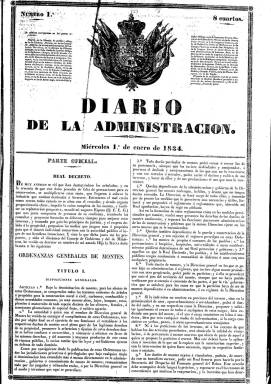
Título: Diario de la administración
Colección: Gacetas
Ámbito geográfico: Madrid
Lugar de publicación: Madrid
Fechas: 01/01/1834-15/08/1834

Publicación oficial, establecida por real decreto de 23 de octubre de 1833 y promovida por Javier de Burgos (1770-1848) el mismo día en el que también son creados los subdelegados de Fomento (antecedente de los gobernadores civiles) y a los dos días de que De Burgos hubiera sido nombrado ministro de Fomento (departamento instituido en noviembre de 1832). El 20 de abril de 1833 también había sido creado un Boletín oficial en cada capital de provincia, y el 30 de noviembre será decretada la división de España en provincias. Todas estas medidas corresponden al periodo caracterizado por el “despotismo ilustrado” al comienzo de la Regencia de la reina María Cristiana, enmarcado en el más amplio periodo de transición entre la monarquía absolutista y la constitucional (1832-1836).

Será por tanto la publicación oficial del ministerio regido por De Burgos, que comenzará a publicarse en entregas diarias de cuatro páginas (algunas veces, seis), impresas a dos columnas, a partir del uno de enero de 1834, y en cuya cabecera será estampado el escudo de la Corona española. Según su norma de creación, insertará la legislación emanada por el citado ministerio, las “noticias circunstanciadas de las mejoras” efectuadas por los responsables territoriales de Fomento, los proyectos útiles promovidos por autoridades o particulares, el examen de libros y memorias publicadas sobre teoría y ciencia de la Administración y su modo de aplicarla, y el anuncio o examen de disposiciones sobre esta materia adoptadas en otros países. Por el mismo se pedía el pago de su suscripción a todos los ayuntamientos que superaran los trescientos vecinos, que fue ampliado para los de más de doscientos por una real orden de cinco de diciembre de 1833.

Al principio se estructura en dos claras secciones: la oficial y la no oficial. En la primera inserta una selección de textos legales, mientras que en la segunda da cabida a artículos doctrinales. Pero a partir de ahí, también insertará otros remitidos, dará información administrativa de los subdelegados de Fomento y publicará crónicas de Cortes. Las noticias bibliográficas las incluirá en la sección de Anuncios, además de tener otra bajo el epígrafe Variedades. Asimismo, otras normativas indicarán que servirá para instruir a los subdelegados de Fomento para generalizar el conocimiento de las máquinas y métodos que se hayan inventado e inventen en toda Europa, para publicar resúmenes periódicos de los “bienes” hechos en cada mes por los citados subdelegados, o dar “ancho campo” a las observaciones de los escritores de las provincias.

Según la tesis doctoral de José Ignacio Sarmiento Larrauri (1993), este diario servía para poder paliar la falta de conocimientos en materia administrativa de los nuevos subdelegados de Fomento, labor pedagógica que fue constante en el pensamiento de Javier de Burgos como medida de regeneración nacional. Como complementario de los boletines oficiales de provincias, será vehículo de comunicación interna y portavoz para la difusión de las actuaciones de la nueva Administración civil del Estado en ciernes, y a partir de abril de 1834 se sumará con particular fervor a explicar el espíritu del Estatuto Real.

Señala Hartzenbusch (1894) que el abogado y posterior político moderado Joaquín Francisco Pacheco y Gutiérrez Calderón (1808-1865) fue nombrado redactor de Diario de la Administración, reemplazando a Salustiano de Olózaga (1805-1873). Recién llegado a Madrid, el granadino Pacheco había cofundado El Siglo (1834), que abandonaría en su cuarto número para incorporarse como redactor a este diario ya en el mismo mes de enero de 1834. Mientras que María Celia Forneas (2000) indica que Javier de Burgos, el 17 de noviembre de 1833, había nombrado al autor romántico, militar y periodista Serafín Estébanez Calderón (1799-1867) -que sería conocido también como El Solitario en su condición de periodista taurino- como director y principal redactor de Diario de la Administración. El impresor fue Tomás Jordán, editor madrileño adicto a los moderados, al que también se le encargará la edición del Boletín oficial de la provincia de Madrid.

El número 266 y último de este título en la Biblioteca Nacional de España (BNE) corresponde al 15 de agosto de 1834, y su última página (tuvo foliación continuada) es la 892. El nuevo ministro de Fomento, que había sustituido a De Burgos el 17 de abril de 1834, José María Moscoso de Altamira (1788-1854), que anteriormente había sido subdelegado de Fomento en Lugo y fue uno de los artífices del Estatuto Real, es el autor de la real orden el 16 de agosto de ese mismo año, por la que se regula el nuevo plan de redacción del número título que sustituirá al portavoz ministerial: Anales administrativos, que también forma parte de la colección de la BNE. En la misma se expresa que este nuevo periódico dará cabida a “artículos de política en que se expliquen y en su caso se defiendan las doctrinas conservadoras que tan eficazmente deben contribuir a la consolidación del Trono”, momento en que el citado Joaquín Francisco Pacheco abandona la redacción.